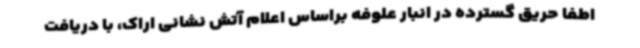
اطفا حریق گسترده در انبار علوفه براساس اعلام آتش نشانی اراک، با دریافت